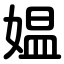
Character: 媪